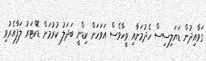
ގަވާއިދުން ޑަޔަލިސިސް ހެދުމަށާއި ވީހާވެސް އަވަހަށް ކިޑްނީ ބަދަލު ކުރުމަށް ޑޮކްޓަރު ލަފާއެރުވި